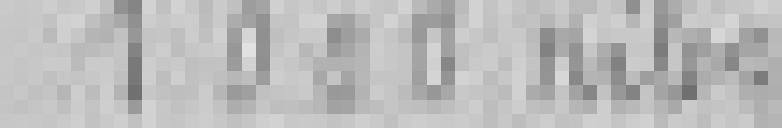
1000 kilogrammes